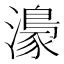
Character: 𤀴